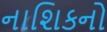
નાશિકનો